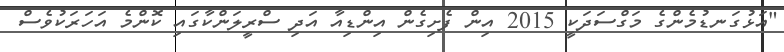
"އަޅުގަނޑުމެންގެ މަގްސަދަކީ 2015 އިން ފެށިގެން އިންޑިއާ އަދި ސްރީލަންކާގައި ކޮންމެ އަހަރަކުވެސް